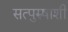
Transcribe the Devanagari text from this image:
सत्पुरुषाशी